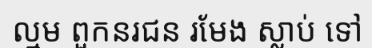
ល្មម ពួកនរជន រមែង ស្លាប់ ទៅ